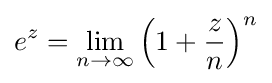
e^{z}=\lim _{n\to \infty }\left(1+{\frac {z}{n}}\right)^{n}